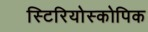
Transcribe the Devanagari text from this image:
स्टिरियोस्कोपिक